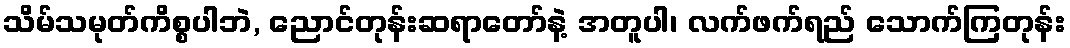
သိမ်သမုတ်ကိစ္စပါဘဲ, ညောင်တုန်းဆရာတော်နဲ့ အတူပါ၊ လက်ဖက်ရည် သောက်ကြတုန်း